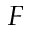
F